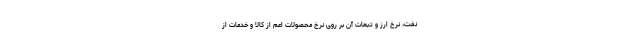
نفت، نرخ ارز و تبعات آن بر روی نرخ محصولات اعم از کالا و خدمات از